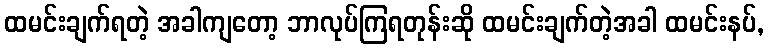
ထမင်းချက်ရတဲ့ အခါကျတော့ ဘာလုပ်ကြရတုန်းဆို ထမင်းချက်တဲ့အခါ ထမင်းနပ်,